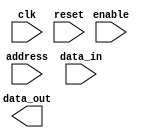
module LPDDR_RAM (
    input wire clk,
    input wire reset,
    input wire enable,
    input wire [15:0] address,
    input wire [15:0] data_in,
    output reg [15:0] data_out
);

// Memory block organization and structure

// Control logic for accessing and reading/writing data

// Double data rate technology implementation

// Error correction and detection mechanisms

endmodule